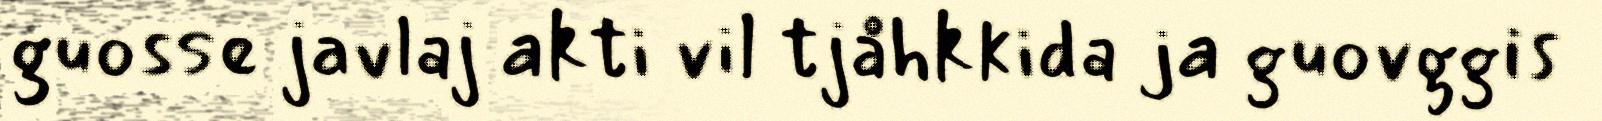
guosse javlaj akti vil tjåhkkida ja guovggis